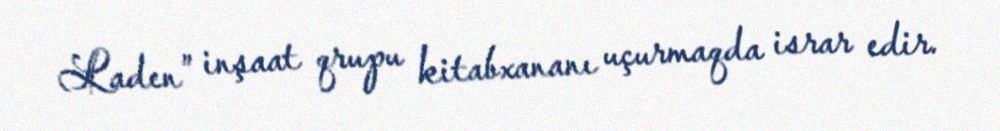
Laden” inşaat qrupu kitabxananı uçurmaqda israr edir.